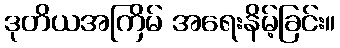
ဒုတိယအကြိမ် အရေးနိမ့်ခြင်း။